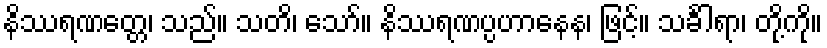
နိဿရဏတ္တေ၊ သည်။ သတိ၊ သော်။ နိဿရဏပ္ပဟာနေန၊ ဖြင့်။ သင်္ခါရာ၊ တို့ကို။